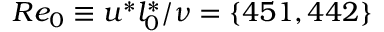
R e _ { 0 } \equiv u ^ { * } l _ { 0 } ^ { * } / \nu = \{ 4 5 1 , 4 4 2 \}